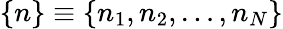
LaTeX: \{ n\} \equiv\{ n_{1},n_{2},\dots,n_{N}\}